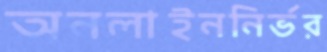
অনলাইননির্ভর